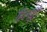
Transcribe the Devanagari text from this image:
हिलवुड